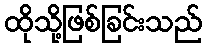
ထိုသို့ဖြစ်ခြင်းသည်